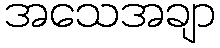
အသေအချာ